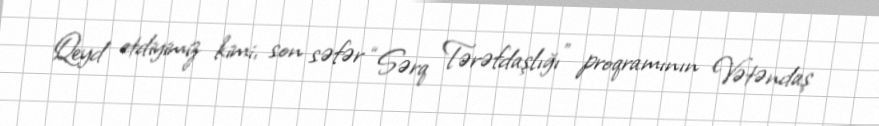
Qeyd etdiyimiz kimi, son səfər “Sərq Tərəfdaşlığı” proqramının Vətəndaş